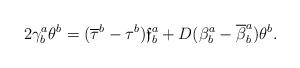
LaTeX: \begin{align*}2\gamma_{b}^{a}\theta^{b}=(\overline{\tau}^{b}-\tau^{b})\mathfrak{f}_{b}^{a}+D(\beta_{b}^{a}-\overline{\beta}_{b}^{a})\theta^{b}.\end{align*}